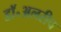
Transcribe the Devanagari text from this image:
डॉ॰अलरीच